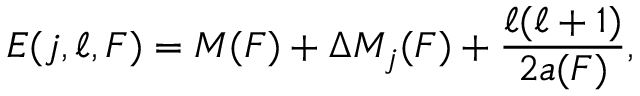
E ( j , \ell , F ) = M ( F ) + \Delta M _ { j } ( F ) + { \frac { \ell ( \ell + 1 ) } { 2 a ( F ) } } ,